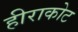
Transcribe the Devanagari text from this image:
हीराकोट